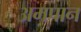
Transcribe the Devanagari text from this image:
अमपान